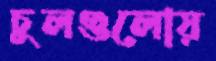
চুলগুলোয়